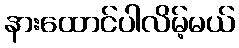
နားထောင်ပါလိမ့်မယ်